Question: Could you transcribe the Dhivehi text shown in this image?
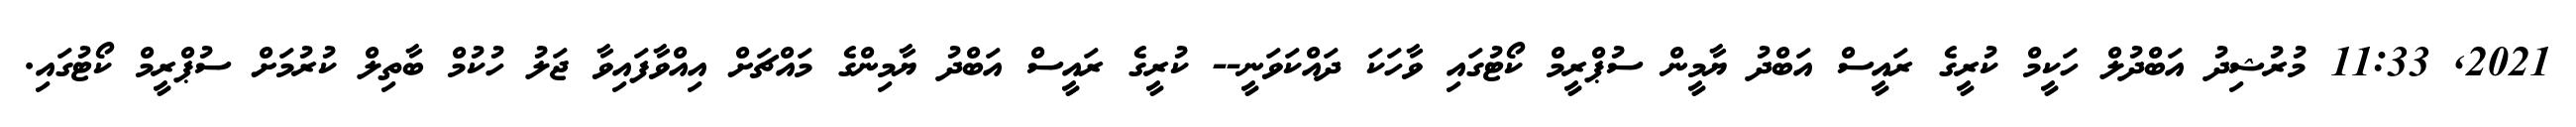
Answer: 2021, 11:33 މުރުޝިދު އަބްދުލް ހަކީމް ކުރީގެ ރައީސް އަބްދު ޔާމީން ސުޕްރީމް ކޯޓުގައި ވާހަކަ ދައްކަވަނީ-- ކުރީގެ ރައީސް އަބްދު ޔާމިންގެ މައްޗަށް އިއްވާފައިވާ ޖަލު ހުކުމް ބާތިލް ކުރުމަށް ސުޕްރީމް ކޯޓުގައި.